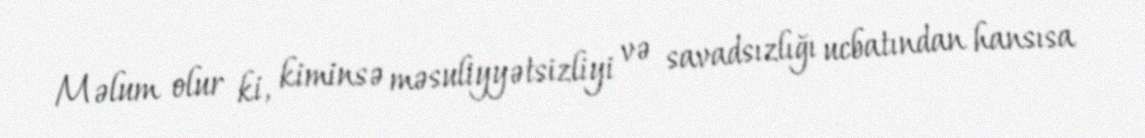
Məlum olur ki, kiminsə məsuliyyətsizliyi və savadsızlığı ucbatından hansısa